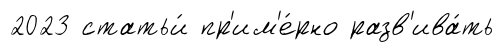
2023 статьи́ пр'им'е́рно разв'ива́ть